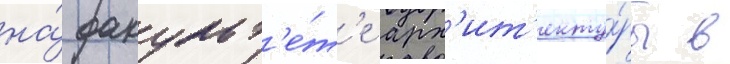
на́ факульт'е́т'е арх'ит'екту́ры в